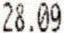
28.09